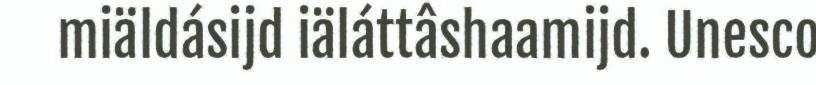
miäldásijd iäláttâshaamijd. Unesco